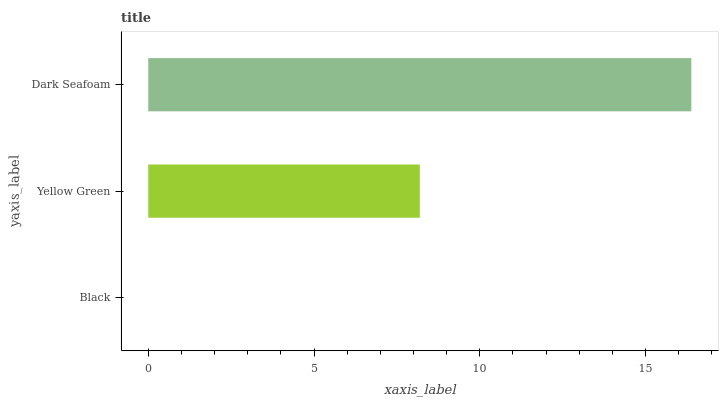
| yaxis_label | bars |
 | --- | --- |
 | Black | 0 |
 | Yellow Green | 8.19 |
 | Dark Seafoam | 16.4 |